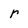
Character: r